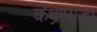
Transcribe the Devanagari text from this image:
केंद्रापाड़ा